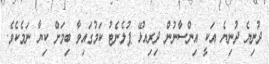
ދުނިޔެ ދުނިޔެ އަކީ އިންސާނުން ދިރިއުޅޭ ޕުލެނެޓު ކަމުގައިވާ ބިމަށް ކިޔާ ނަމެކެވެ.